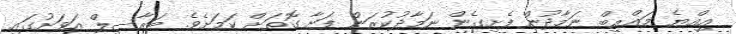
އިއްޔެ މަޣްރިބް ނަމާދުން ފެށިގެން ނަމާދުކުރަން ފަށާ ގޮތަށް ކަމަށެވެ. ބަރާސިލް އަވަށުގައި